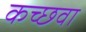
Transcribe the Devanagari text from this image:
कच्छवा